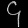
Digit: ၄